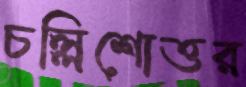
চল্লিশোত্তর